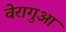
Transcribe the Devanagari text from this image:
वेरागुआ